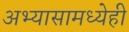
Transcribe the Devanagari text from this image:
अभ्यासामध्येही